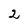
Character: 2